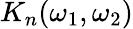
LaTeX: K_{n}(\omega_{1},\omega_{2})